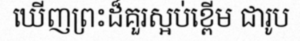
ឃើញព្រះដ៏គួរស្អប់ខ្ពើម ជារូប